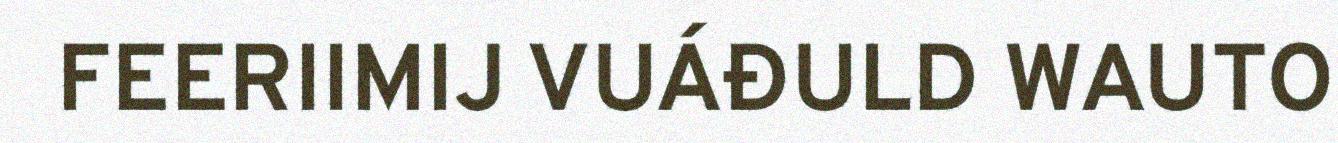
FEERIIMIJ VUÁĐULD WAUTO